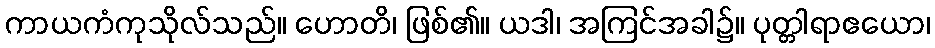
ကာယကံကုသိုလ်သည်။ ဟောတိ၊ ဖြစ်၏။ ယဒါ၊ အကြင်အခါ၌။ ပုတ္တါရာဧယော၊